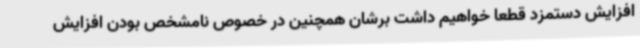
افزایش دستمزد قطعا خواهیم داشت برشان همچنین در خصوص نامشخص بودن افزایش